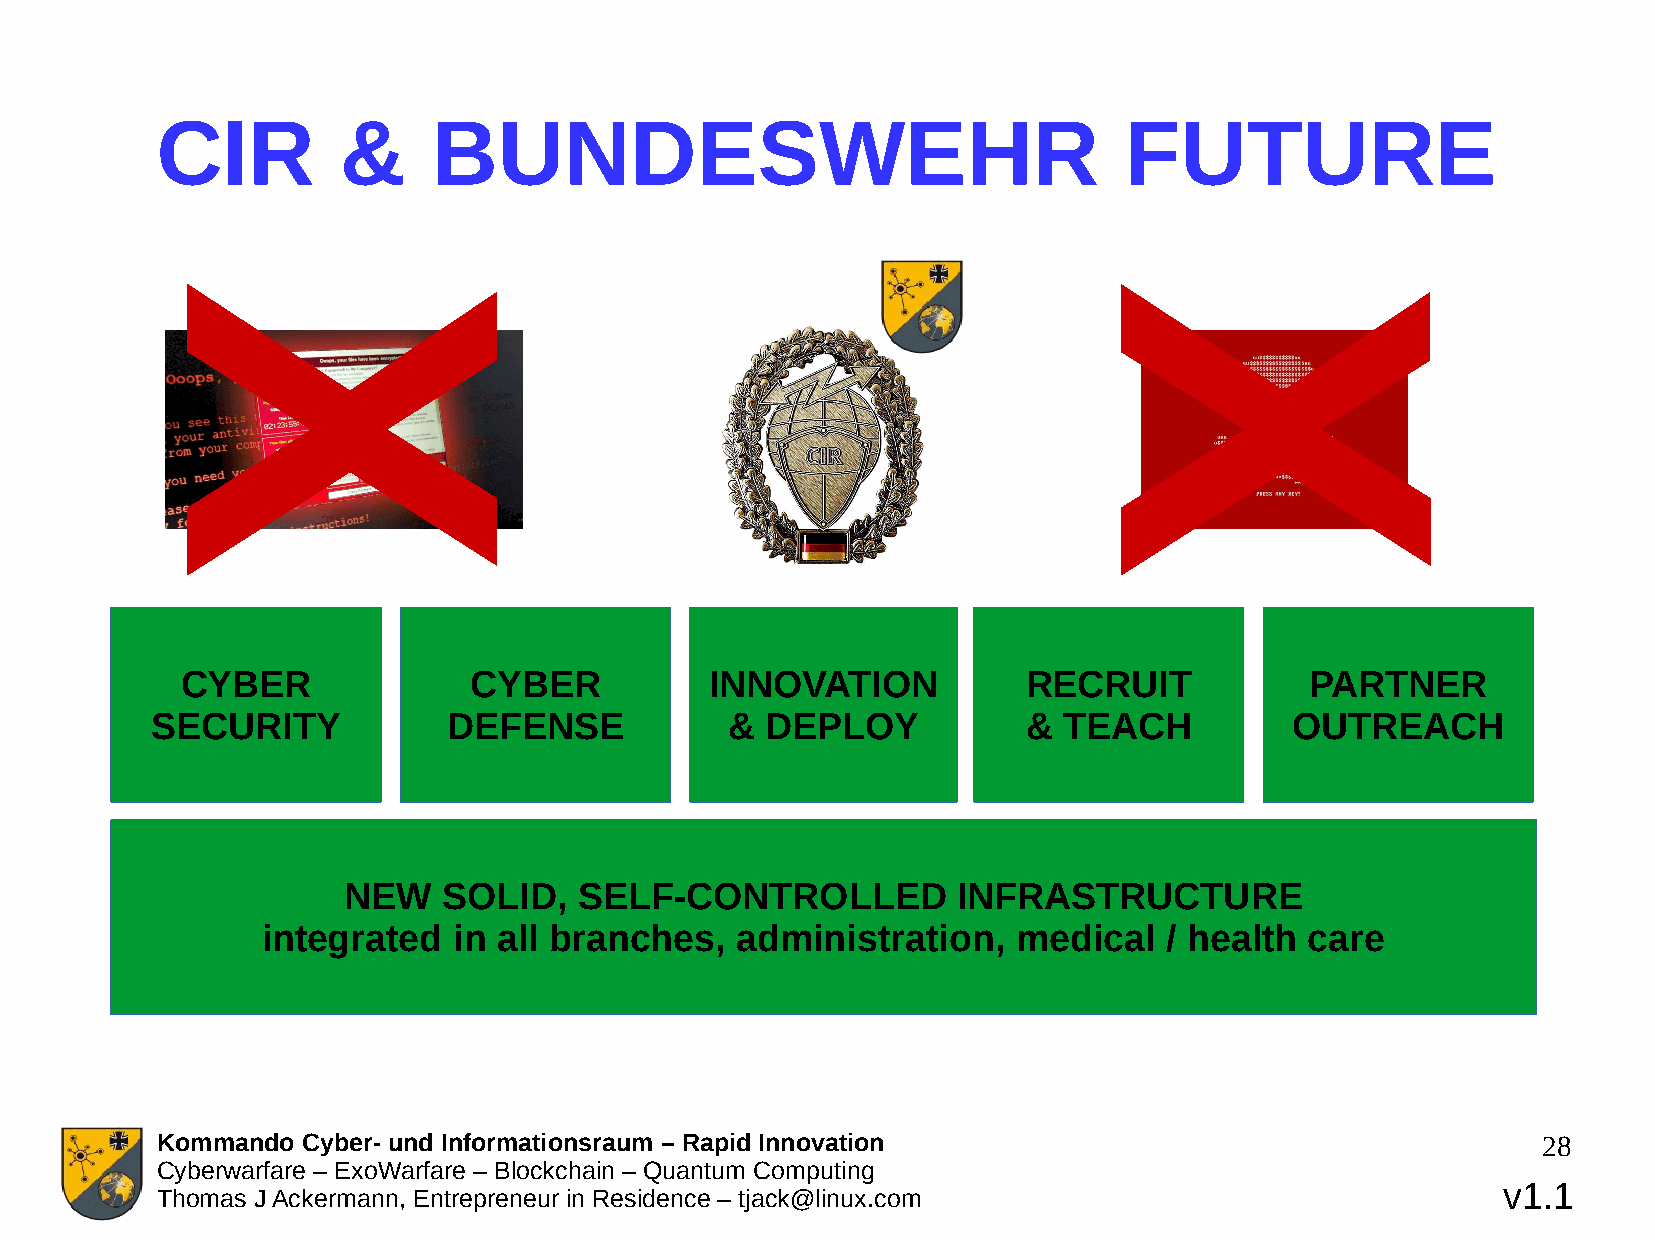
CIR         &      BUNDESWEHR                                   FUTURE
 X                                                             X
 CYBER              CYBER           INNOVATION           RECRUIT            PARTNER
 SECURITY            DEFENSE           &  DEPLOY           & TEACH           OUTREACH
 NEW   SOLID,   SELF-CONTROLLED          INFRASTRUCTURE
 integrated   in all branches,   administration,   medical   / health  care
 Kommando  Cyber- und Informationsraum – Rapid Innovation                                    28
 Cyberwarfare – ExoWarfare – Blockchain – Quantum Computing
 v1.1
 Thomas J Ackermann, Entrepreneur in Residence – tjack@linux.com